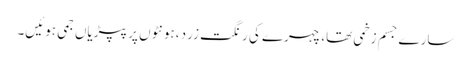
سارے جسم زخمی تھا، چہرے کی رنگت زرد ،ہونٹوں پر پپڑیاں جمی ہوئیں۔